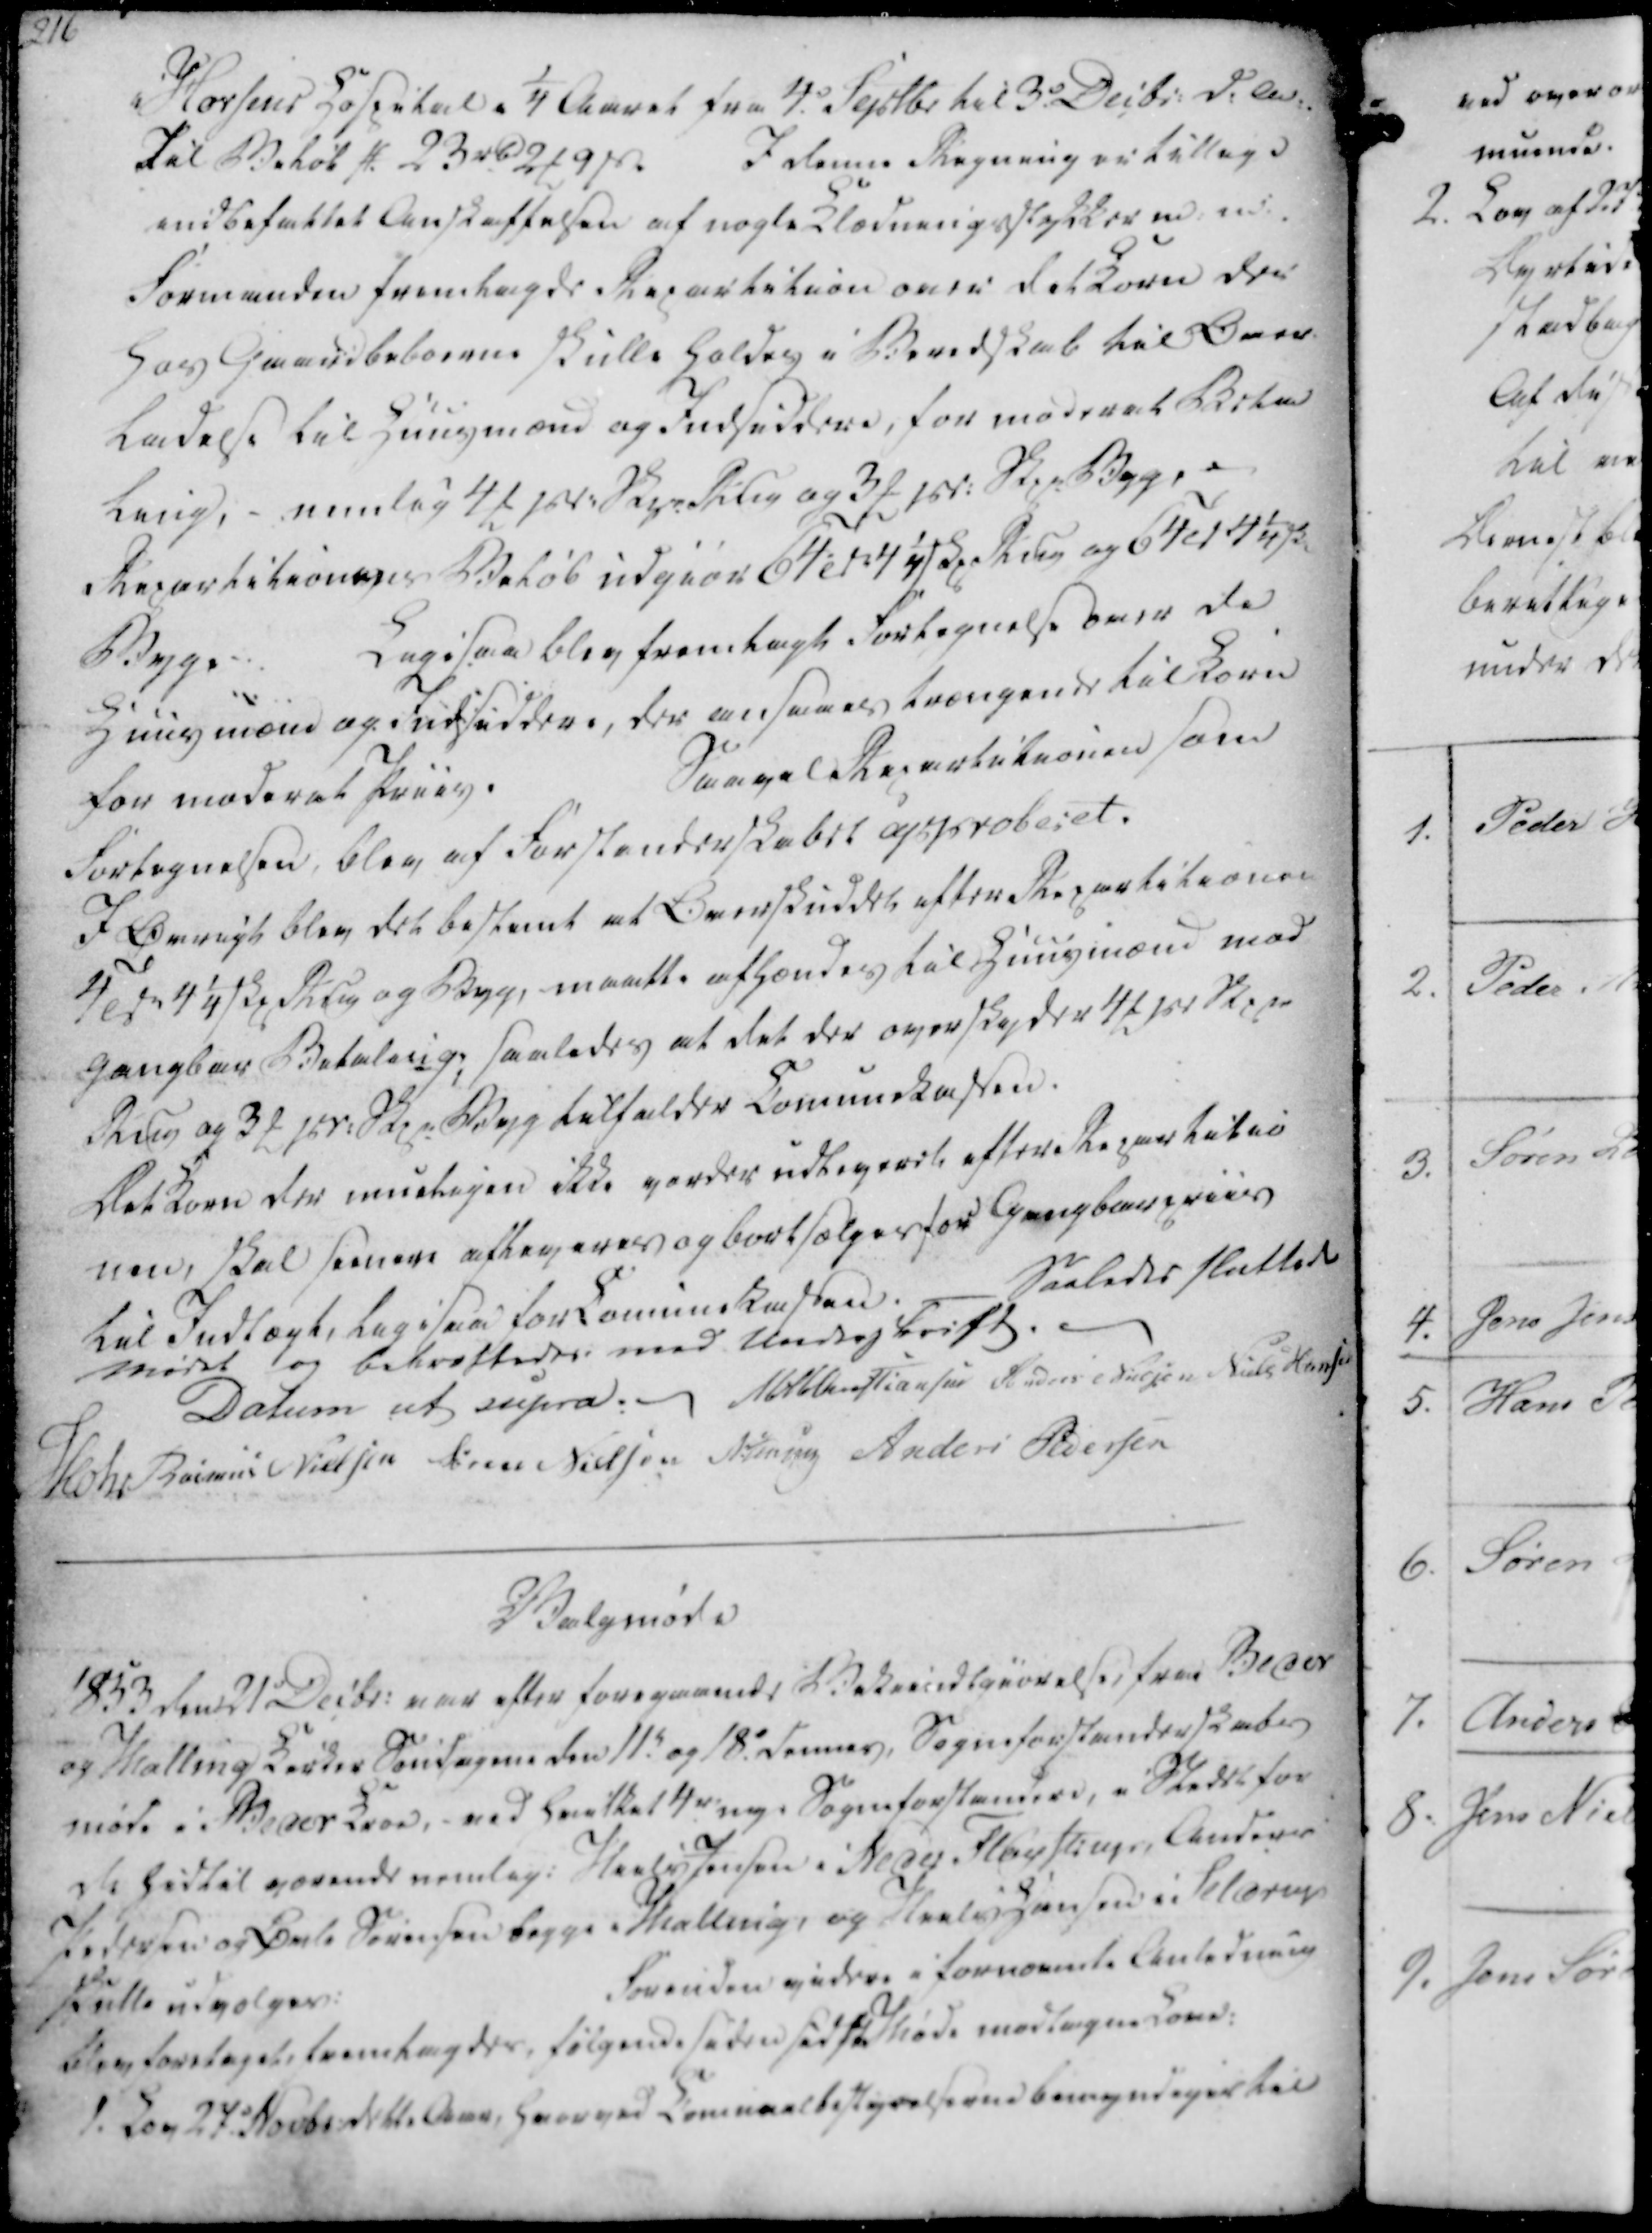
Transskription:
i Horsens Hospital i ¼ Aaret fra 4.d Septbr til 3.d Decbr. d.A.
Til Beløb # 23 rbd 2 ₻ 9 ẞ.
I denne Regning er tillige
indbefattet Anskaffelsen af nogle Klædningsstykker m. m.
Formanden fremlagde Repartition over det Korn der
hos Gaardbeboerne skulle holdes i Beredskab til Over-
ladelse til Huusmænd og Indsiddere, for moderet Beta
ling, - nemlig 4 ₻ pr. Skpr. Rug og 3 ₻ pr. Skpr Byg,
Repartitionens Beløb udgiør 64 Tdr 4¼ Skpr Rug og 64 Td 4¼ Skp
Byg. -
Ligesaa blev fremlagt Fortegnelse over de
Huusmænd og Indsiddere, der ansaaes trængende til Korn
for moderet Priis.
Saavel Repartitionen som
Fortegnelsen, blev af Forstanderskabet approberet.
I Øvrigt blev det bestemt at Overskuddet efter Repartitionen
4 Tdr 4¼ Skp Rug og Byg, maatte afhændes til Huusmænd mod
gangbar Betaling; saaledes at det der overskyder 4 ₻ pr Skpr
Rug og 3 ₻ pr. Skpr Byg tilfalder Comunekassen.
Det Korn der mueligen ikke vorder udleveret efter repartitio
nen, skal seenere afleveres og bortsælges for Gangbarpriis
til Indtægt, lig isaa for Comunekassen.
Saaledes sluttede
Mødet og bekræftedes med Underskrift.

Datum ut supra.
M H Christiansen
Anders Nielsen
Niels Hansen
Mohr
Rasmus Nielsen
Søren Nielsen
N. Jensen
Anders Pedersen

Valgmøde
1853 den 21 Decbr. var efter foregaaende Bekiendtgiørelse, fra Beder
og Malling Kirker Søndagen den 11.t og 18.d dennes, Sogneforstanderskabs
møde i Beder Kroe, - ved hvilket 4r. nye Sogneforstandere, i Stedet for
de hidtil værende nemlig: Niels Jensen i Neder Fløystrup, Anders
Pedersen og Øvle Sørensen begge i Malling, og Niels Hansen i Seldrup
skulle udvælges:
Forinden videre i fornævnte Anledning
blev foretaget, fremlagdes, følgende siden sidste Møde modtagne Love:
1. Lov 27.d Novbr dette Aar, hvorved Comunal bestyrelserne bemyndiges til